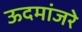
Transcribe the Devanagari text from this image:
ऊदमांजरे